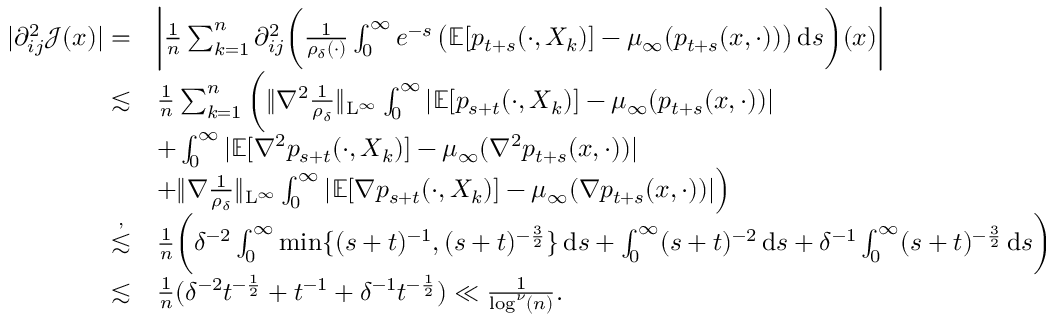
\begin{array} { r l } { \vert \partial _ { i j } ^ { 2 } \mathcal { J } ( x ) \vert = } & { \bigg \vert \frac { 1 } { n } \sum _ { k = 1 } ^ { n } \partial _ { i j } ^ { 2 } \bigg ( \frac 1 { \rho _ { \delta } ( \cdot ) } \int _ { 0 } ^ { \infty } e ^ { - s } \, \big ( \mathbb { E } [ p _ { t + s } ( \cdot , X _ { k } ) ] - \mu _ { \infty } ( p _ { t + s } ( x , \cdot ) ) \big ) \, \mathrm { d } s \bigg ) ( x ) \bigg \vert } \\ { \lesssim } & { \frac { 1 } { n } \sum _ { k = 1 } ^ { n } \bigg ( \| \nabla ^ { 2 } \frac { 1 } { \rho _ { \delta } } \| _ { \mathrm { L } ^ { \infty } } \int _ { 0 } ^ { \infty } \vert \mathbb { E } [ p _ { s + t } ( \cdot , X _ { k } ) ] - \mu _ { \infty } ( p _ { t + s } ( x , \cdot ) ) \vert } \\ & { + \int _ { 0 } ^ { \infty } \vert \mathbb { E } [ \nabla ^ { 2 } p _ { s + t } ( \cdot , X _ { k } ) ] - \mu _ { \infty } ( \nabla ^ { 2 } p _ { t + s } ( x , \cdot ) ) \vert } \\ & { + \| \nabla \frac { 1 } { \rho _ { \delta } } \| _ { \mathrm { L } ^ { \infty } } \int _ { 0 } ^ { \infty } \vert \mathbb { E } [ \nabla p _ { s + t } ( \cdot , X _ { k } ) ] - \mu _ { \infty } ( \nabla p _ { t + s } ( x , \cdot ) ) \vert \Big ) } \\ { \stackrel { , } { \lesssim } } & { \frac { 1 } { n } \bigg ( \delta ^ { - 2 } \int _ { 0 } ^ { \infty } \operatorname* { m i n } \{ ( s + t ) ^ { - 1 } , ( s + t ) ^ { - \frac { 3 } { 2 } } \} \, \mathrm { d } s + \int _ { 0 } ^ { \infty } ( s + t ) ^ { - 2 } \, \mathrm { d } s + \delta ^ { - 1 } \int _ { 0 } ^ { \infty } ( s + t ) ^ { - \frac { 3 } { 2 } } \, \mathrm { d } s \bigg ) } \\ { \lesssim } & { \frac { 1 } { n } ( \delta ^ { - 2 } t ^ { - \frac { 1 } { 2 } } + t ^ { - 1 } + \delta ^ { - 1 } t ^ { - \frac { 1 } { 2 } } ) \ll \frac { 1 } { \log ^ { \nu } ( n ) } . } \end{array}